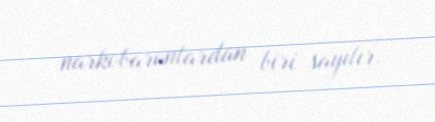
narkobaronlardan biri sayılır.